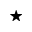
^ { \star }